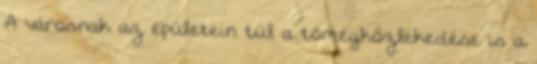
A városnak az épületein túl a tömegközlekedése is a